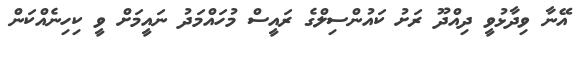
އޭނާ ވިދާޅުވީ ދިއްދޫ ރަށު ކައުންސިލްގެ ރައީސް މުހައްމަދު ނައީމަށް ވީ ކިހިނެއްކަން